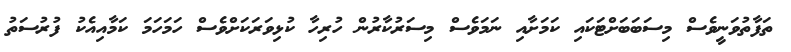
ތަފާތުވަނީވެސް މިސަބަބަށްޓަކައި ކަމަށާއި ނަމަވެސް މިސަރުކާރުން ހުރިހާ ކުޅިވަރަކަށްވެސް ހަމަހަމަ ކަމާއިއެކު ފުރުސަތު